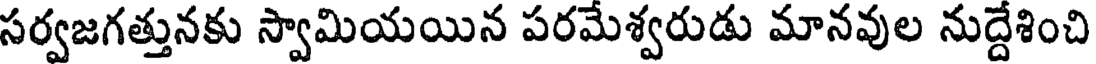
సర్వజగత్తునకు స్వామియయిన పరమేశ్వరుడు మానవుల నుద్దేశించి